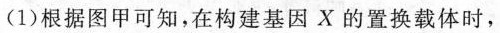
(1)根据图甲可知，在构建基因X的置换载体时，